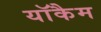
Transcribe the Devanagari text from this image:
याॅकैम